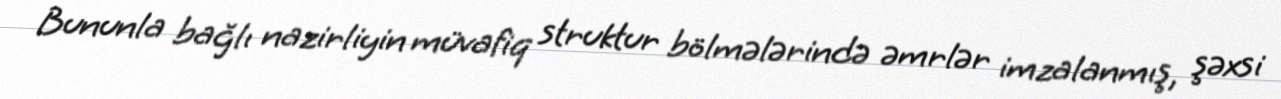
Bununla bağlı nazirliyin müvafiq struktur bölmələrində əmrlər imzalanmış, şəxsi